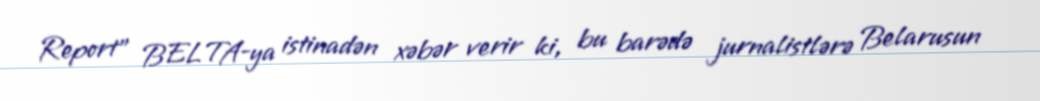
Report" BELTA-ya istinadən xəbər verir ki, bu barədə jurnalistlərə Belarusun